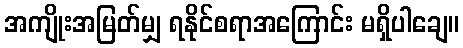
အကျိုးအမြတ်မျှ ရနိုင်စရာအကြောင်း မရှိပါချေ။